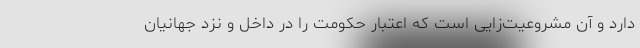
دارد و آن مشروعیت‌زایی است که اعتبار حکومت را در داخل و نزد جهانیان